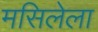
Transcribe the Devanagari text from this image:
मसिलेला